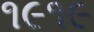
૧૯૧૯